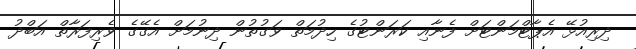
ދިރިއުޅޭ އެޕާޓްމަންޓަށް ފެނާއި ކަރަންޓުގެ ހިދުމަތް ވަގުތުން ދިނުމަށް އެގޭގެ ވެރިފަރާތް އަބްދު